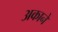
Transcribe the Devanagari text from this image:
अकाने